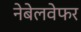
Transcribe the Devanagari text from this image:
नेबेलवेफर